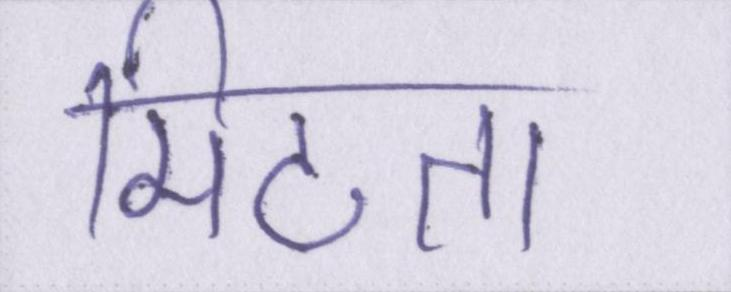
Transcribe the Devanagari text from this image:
मिटता